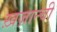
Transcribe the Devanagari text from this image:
ख़ज़ान्ची